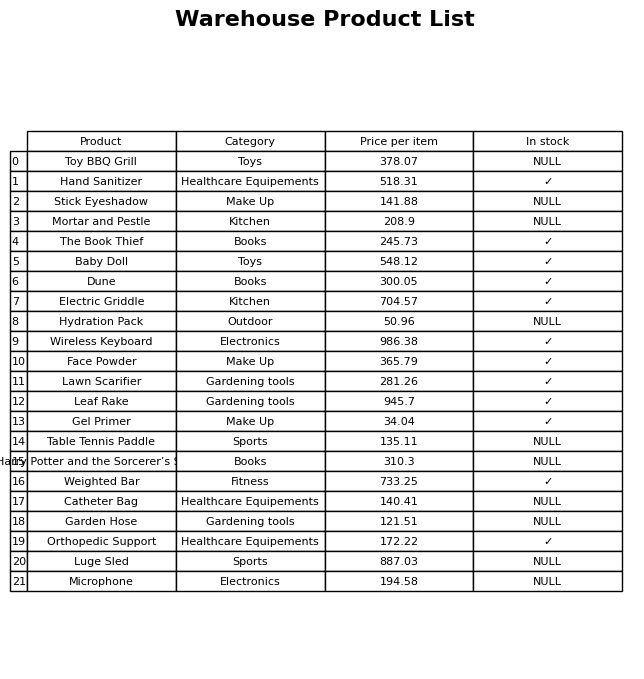
question: What is the price for Lawn Scarifier?
answer: The price of Lawn Scarifier is 281.26.